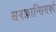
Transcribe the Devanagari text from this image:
सनफ्रान्सिसको